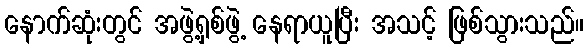
နောက်ဆုံးတွင် အဖွဲ့ရှစ်ဖွဲ့ နေရာယူပြီး အသင့် ဖြစ်သွားသည်။